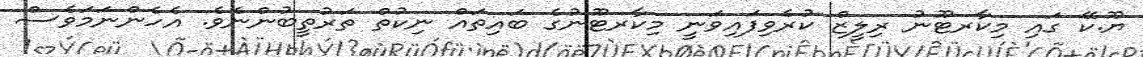
ޔޫ.ކޭ ގައި މިކާރޓޫނު ރިލީޒް ކުރެވިފައިވަނީ މިކާރޓޫނުގެ ބައިތައް ނިކުތް ތަރުތީބުންނެވެ. އެހެންނަމަވެސް